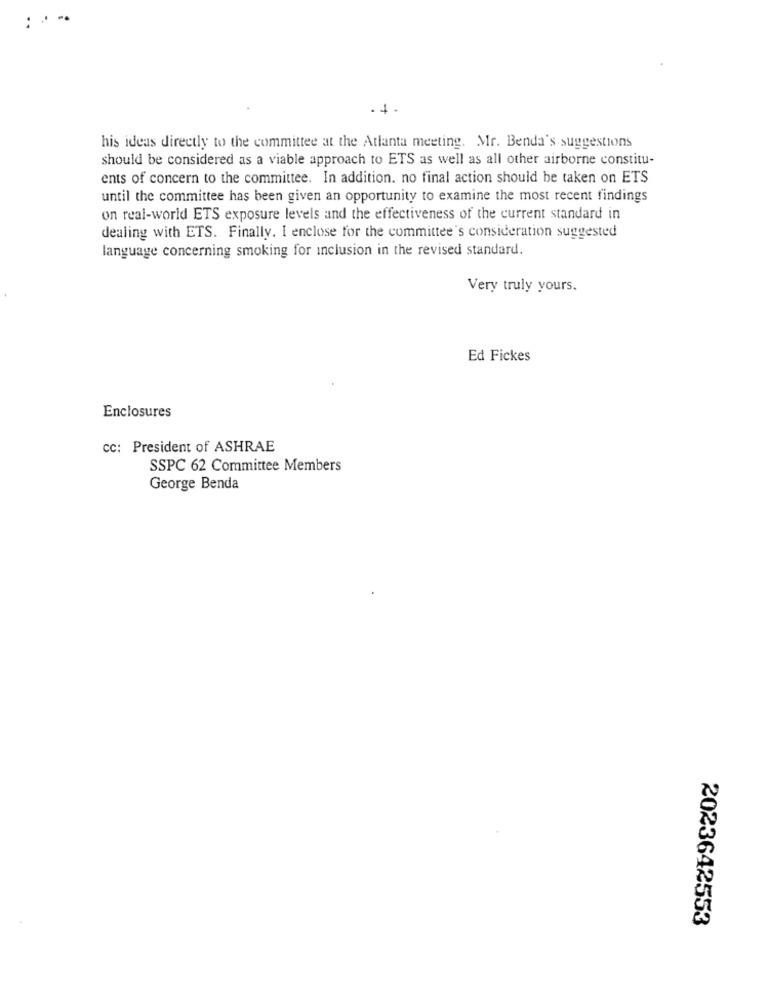
.+.
his ideas directly to the committee at the Atlanta meeting. Mr. Benda's suggestions
should be considered as a viable approach to ETS as well as all other airborne constitu-
ents of concern to the committee. In addition. no final action should be taken on ETS
until the committee has been given an opportunity to examine the most recent findings
on real-world ETS exposure levels and the effectiveness of the current standard in
dealing with ETS. Finally. I enclose for the committee's consideration suggested
language concerning smoking for inclusion in the revised standard.
Very truly yours.
Ed Fickes
Enclosures
cc: President of ASHRAE
SSPC 62 Committee Members
George Benda
2023642553